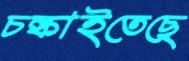
চল্‌কাইতেছে